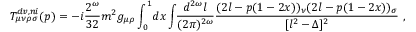
T _ { \mu \nu \rho \sigma } ^ { d v , n i } ( p ) = - i \frac { 2 ^ { \omega } } { 3 2 } m ^ { 2 } g _ { \mu \rho } \int _ { 0 } ^ { 1 } \! d x \int \! \! \frac { d ^ { 2 \omega } l } { ( 2 \pi ) ^ { 2 \omega } } \frac { ( 2 l - p ( 1 - 2 x ) ) _ { \nu } ( 2 l - p ( 1 - 2 x ) ) _ { \sigma } } { [ l ^ { 2 } - \Delta ] ^ { 2 } } \, \, ,